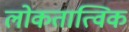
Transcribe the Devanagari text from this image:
लोकतात्विक